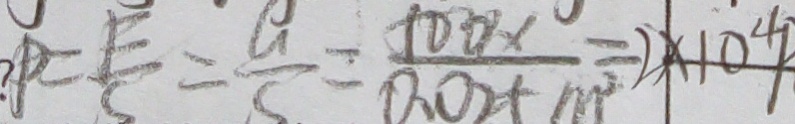
P = \frac { F } { S } = \frac { G } { S } = \frac { 1 0 0 x } { 0 . 0 2 + m } = 2 \times 1 0 ^ { 4 }